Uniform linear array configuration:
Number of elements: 12
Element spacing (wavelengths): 0.25
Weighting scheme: hann
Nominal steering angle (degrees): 60
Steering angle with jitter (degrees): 59.929
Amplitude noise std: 0.05
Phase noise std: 0.05

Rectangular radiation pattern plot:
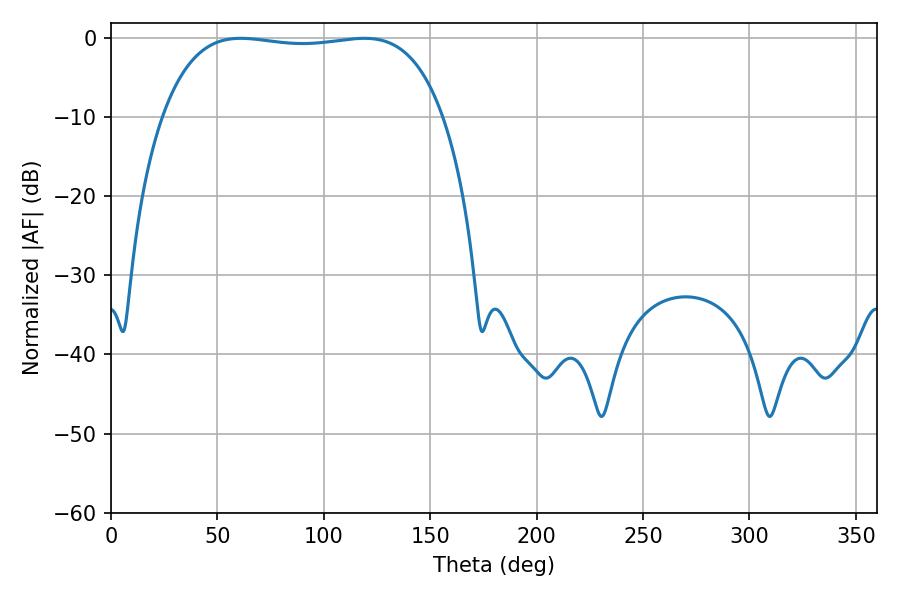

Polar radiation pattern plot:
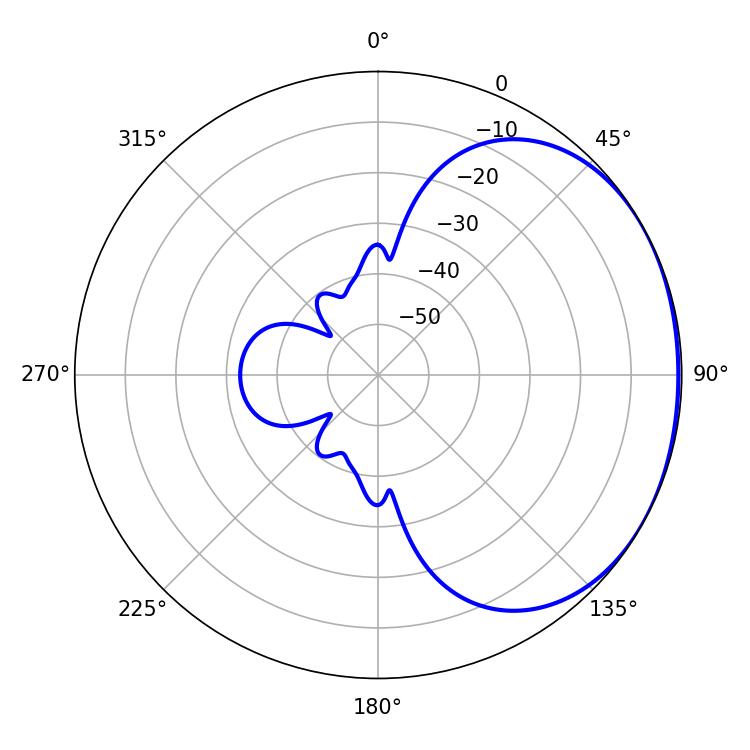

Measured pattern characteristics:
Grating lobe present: FALSE
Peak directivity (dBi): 1.274
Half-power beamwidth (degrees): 104.76
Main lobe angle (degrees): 61.02